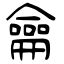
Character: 龠